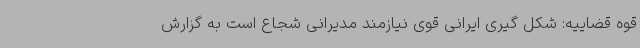
قوه قضاییه: شکل گیری ایرانی قوی نیازمند مدیرانی شجاع است به گزارش